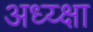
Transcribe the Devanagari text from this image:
अध्य्क्षा